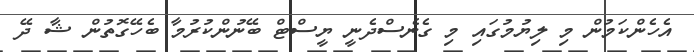
އެހެންކަމުން މި ލިޔުމުގައި މި ގެނެސްދެނީ ޔީސްޓް ބޭނުންކުރުމާ ބެހޭގޮތުން ޝާ ދޭ